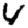
Digit: 4